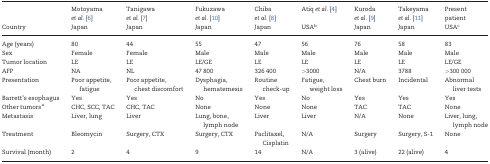
<table><thead><tr><td></td><td><b>Motoyama <i>et al.</i> [6]</b></td><td><b>Tanigawa <i>et al.</i> [7]</b></td><td><b>Fukuzawa <i>et al.</i> [10]</b></td><td><b>Chiba <i>et al.</i> [8]</b></td><td><b>Atiq <i>et al.</i> [4]</b></td><td><b>Kuroda <i>et al.</i> [9]</b></td><td><b>Takeyama <i>et al.</i> [11]</b></td><td><b>Present patient</b></td></tr><tr><td><b>Country</b></td><td><b>Japan</b></td><td><b>Japan</b></td><td><b>Japan</b></td><td><b>Japan</b></td><td><b>USA<sup>b</sup></b></td><td><b>Japan</b></td><td><b>Japan</b></td><td><b>USA<sup>c</sup></b></td></tr></thead><tbody><tr><td>Age (years)</td><td>80</td><td>44</td><td>55</td><td>47</td><td>56</td><td>76</td><td>58</td><td>83</td></tr><tr><td>Sex</td><td>Female</td><td>Female</td><td>Male</td><td>Male</td><td>Male</td><td>Male</td><td>Male</td><td>Male</td></tr><tr><td>Tumor location</td><td>LE</td><td>LE</td><td>LE/GE</td><td>LE</td><td>LE</td><td>LE</td><td>LE</td><td>LE/GE</td></tr><tr><td>AFP</td><td>NA</td><td>NL</td><td>47 800</td><td>326 400</td><td>&gt;3000</td><td>N/A</td><td>3788</td><td>&gt;300 000</td></tr><tr><td>Presentation</td><td>Poor appetite, fatigue</td><td>Poor appetite, chest discomfort</td><td>Dysphagia, hematemesis</td><td>Routine check-up</td><td>Fatigue, weight loss</td><td>Chest burn</td><td>Incidental</td><td>Abnormal liver tests</td></tr><tr><td>Barrett’s esophagus</td><td>Yes</td><td>Yes</td><td>No</td><td>Yes</td><td>No</td><td>Yes</td><td>Yes</td><td>Yes</td></tr><tr><td>Other tumors<sup>a</sup></td><td>CHC, SCC, TAC</td><td>CHC, TAC</td><td>None</td><td>None</td><td>None</td><td>TAC</td><td>TAC</td><td>None</td></tr><tr><td>Metastasis</td><td>Liver, lung</td><td>Liver</td><td>Lung, bone, lymph node</td><td>Liver</td><td>Liver</td><td>N/A</td><td>None</td><td>Liver, lung, lymph node</td></tr><tr><td>Treatment</td><td>Bleomycin</td><td>Surgery, CTX</td><td>Surgery, CTX</td><td>Paclitaxel, Cisplatin</td><td>N/A</td><td>Surgery</td><td>Surgery, S-1</td><td>None</td></tr><tr><td>Survival (month)</td><td>2</td><td>4</td><td>9</td><td>14</td><td>N/A</td><td>3 (alive)</td><td>22 (alive)</td><td>4</td></tr></tbody></table>